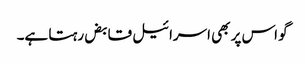
گو اس پر بھی اسرائیل قابض رہتا ہے۔